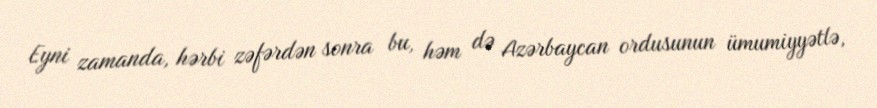
Eyni zamanda, hərbi zəfərdən sonra bu, həm də Azərbaycan ordusunun ümumiyyətlə,